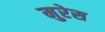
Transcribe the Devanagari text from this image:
मुरेस